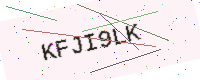
Text: KFJI9LK